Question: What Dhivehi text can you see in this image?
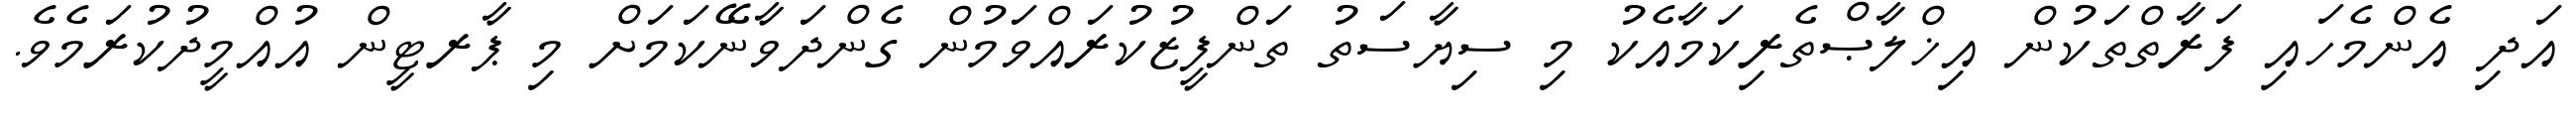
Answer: އަދި އެންމެހައި ފަރާތްތަކުން އިޚްލާޞްތެރިކަމާއެކު މި ސިޔާސަތު ތަންފީޒުކުރައްވަމުން ގެންދަވާނޭކަމަށް މި ޕާރޓީން އުއްމީދުކުރަމެވެ.